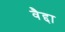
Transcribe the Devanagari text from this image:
वैद्दा